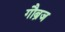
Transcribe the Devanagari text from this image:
गौब्रज